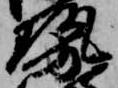
勢